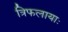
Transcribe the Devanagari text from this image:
त्रिफलायाः